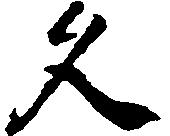
久